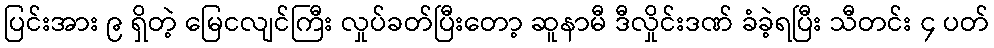
ပြင်းအား ၉ ရှိတဲ့ မြေငလျင်ကြီး လှုပ်ခတ်ပြီးတော့ ဆူနာမီ ဒီလှိုင်းဒဏ် ခံခဲ့ရပြီး သီတင်း ၄ ပတ်